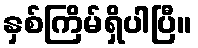
နှစ်ကြိမ်ရှိပါပြီ။